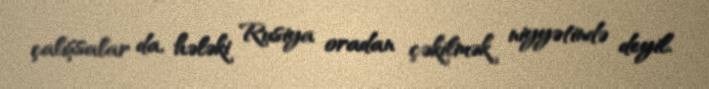
çalışsalar da, hələki Rusiya oradan çəkilmək niyyətində deyil.